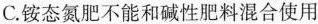
C.铵态氮肥不能和碱性肥料混合使用